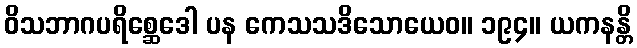
ဝိသဘာဂပရိစ္ဆေဒေါ ပန ကေသသဒိသောယေဝ။ ၁၉၄။ ယကနန္တိ